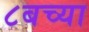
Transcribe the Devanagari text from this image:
८बच्या